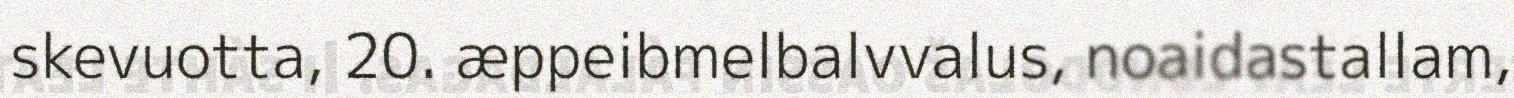
skevuotta, 20. æppeibmelbalvvalus, noaidastallam,